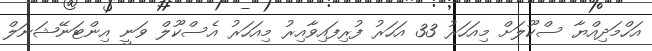
އަހްމަދިއްޔާ ސްކޫލަށް މިއަހަރު 33 އަހަރު ފުރިފައިވާއިރު މިއަހަރު އެސްކޫލް ވަނީ އިންޓަނޭޝަނަލް